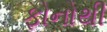
ફોનોથી